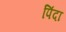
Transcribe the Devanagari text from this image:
पिंदा